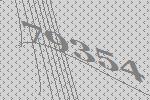
79354